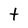
Character: t